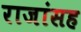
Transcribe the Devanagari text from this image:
राजांसह